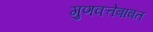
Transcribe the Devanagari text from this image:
गुणवत्तेबाबत